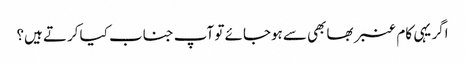
اگر یہی کام عنبر بھابھی سے ہوجائے تو آپ جناب کیا کرتے ہیں؟